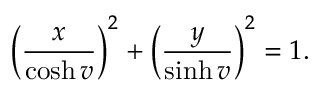
\left( \frac x { \cosh v } \right) ^ { 2 } + \left( \frac y { \sinh v } \right) ^ { 2 } = 1 .